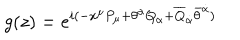
g ( z ) = e ^ { i ( - x ^ { \mu } P _ { \mu } + \theta ^ { \alpha } Q _ { \alpha } + \overline { { { Q } } } _ { \dot { \alpha } } \bar { \theta } ^ { \dot { \alpha } } ) }